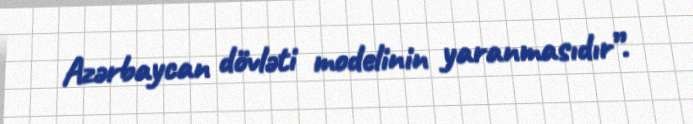
Azərbaycan dövləti modelinin yaranmasıdır”.